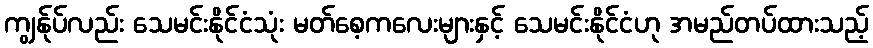
ကျွန်ုပ်လည်း သေမင်းနိုင်ငံသုံး မတ်စေ့ကလေးများနှင့် သေမင်းနိုင်ငံဟု အမည်တပ်ထားသည့်